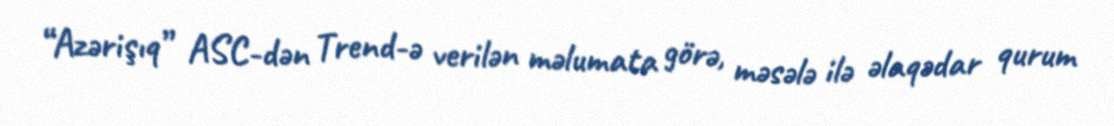
“Azərişıq” ASC-dən Trend-ə verilən məlumata görə, məsələ ilə əlaqədar qurum